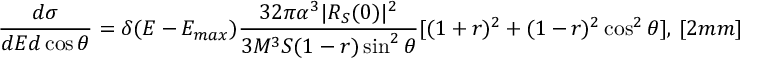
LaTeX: \displaystyle \frac { d \sigma } { d E d \cos \theta } = \delta ( E - E _ { m a x } ) \frac { 3 2 \pi \alpha ^ { 3 } | R _ { S } ( 0 ) | ^ { 2 } } { 3 M ^ { 3 } S ( 1 - r ) \sin ^ { 2 } \theta } [ ( 1 + r ) ^ { 2 } + ( 1 - r ) ^ { 2 } \cos ^ { 2 } \theta ] , \, [ 2 m m ]